Statistics compiled by the Government of India from the reports of provincial Civil Veterinary Departments
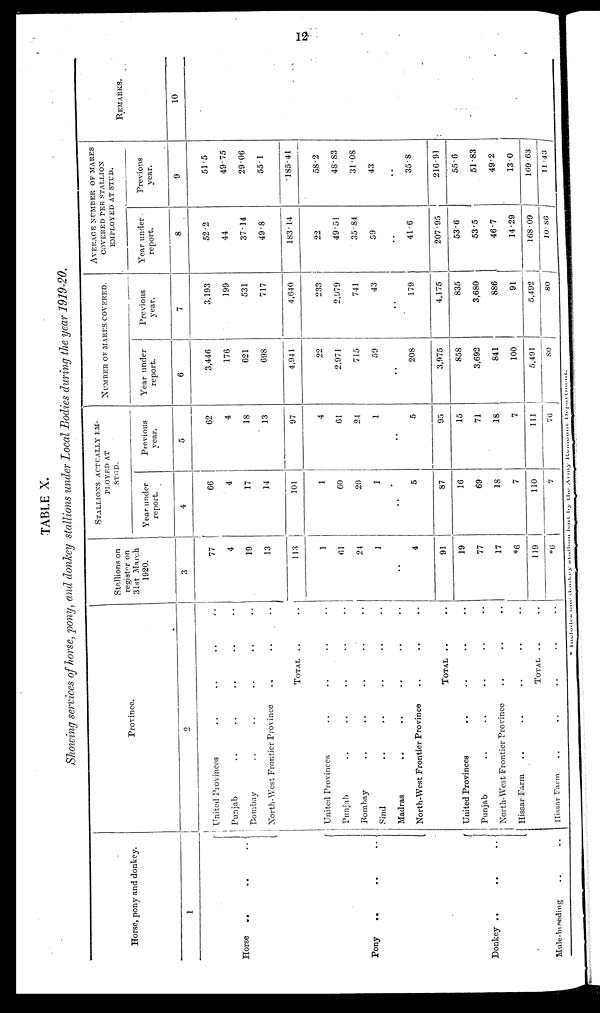
12
TABLE X.
Showing services of horse, pony, and donkey stallions under Local Bodies during the year 1919-20.
Horse, pony and donkey.
1
Horse
..
..
..
Pony .. .. ..
Donkey ..
..
..
Mule-breeding .. ..
Province.
2
United Provinces .. .. .. ..
Punjab .. .. .. .. ..
Bombay .. .. .. .. ..
North-West Frontier Province .. .. ..
TOTAL .. ..
United Provinces .. .. .. ..
Punjab .. .. .. .. ..
Bombay .. .. .. .. ..
Sind .. .. .. .. ..
Madras .. .. .. .. ..
North-West Frontier Province .. .. ..
TOTAL .. ..
United Provinces .. .. .. ..
Punjab .. .. .. .. ..
North-West Frontier Province .. .. ..
Hissar Farm .. .. .. .. ..
TOTAL .. ..
Hissar Farm .. .. .. .. ..
Stallions on
register on
31st March
1920.
3
77
4
19
13
113
1
61
24
1
..
4
91
19
77
17
*6
119
*6
STALLIONS ACTUALLY EM-
------ AT
STUD.
Year under
report.
4
66
4
17
14
101
1
60
20
1
..
5
87
16
69
18
7
110
7
Previous
year.
5
62
4
18
13
97
4
61
24
1
..
5
95
15
71
18
7
111
76
NUMBER OF MARES COVERED.
Year under
report.
6
3,446
176
621
698
4,941
22
2,971
715
59
..
208
3,975
858
3,692
841
100
5,491
80
Previous
year.
7
3,193
199
531
717
4,640
233
2,979
741
43
..
179
4,175
835
3,680
886
91
5,492
80
AVERAGE NUMBER OF MARES
COVERED PER STALLION
EMPLOYED AT STUD.
Year under
report.
8
52.2
44
37.14
49.8
183.14
22
49.51
35.84
59
..
41.6
207.95
53.6
53.5
46.7
14.29
168.09
10.86
Previous
year.
9
51.5
49.75
29.06
55.1
185.41
58.2
48.83
31.08
43
..
35.8
216.91
55.6
51.83
49.2
13.0
169.63
11.43
REMARKS.
10
* Includes one donkey stallion 1ent by the Army Remount Department.